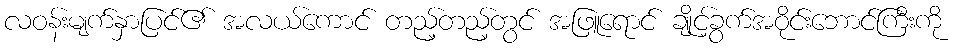
လဝန်းမျက်နှာပြင်၏ အလယ်ကောင် တည့်တည့်တွင် အဖြူရောင် ချိုင့်ခွက်အဝိုင်းဘောင်ကြီးကို